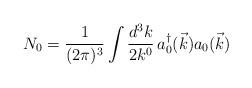
LaTeX: \begin{align*}N_0 = \frac{1}{(2 \pi )^3} \int \frac {d^3 k}{2 k^0} \, a_0^\dagger (\vec{k}) a_0 (\vec{k})\end{align*}